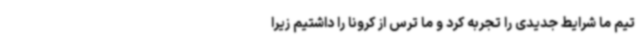
تیم ما شرایط جدیدی را تجربه کرد و ما ترس از کرونا را داشتیم زیرا